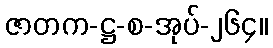
ဇာတက-ဋ္ဌ-စ-အုပ်-၂၆၄။